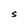
Character: S